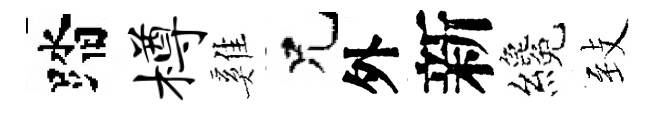
踏樽雞兄外新纔𦤺